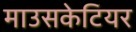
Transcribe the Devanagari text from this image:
माउसकेटियर